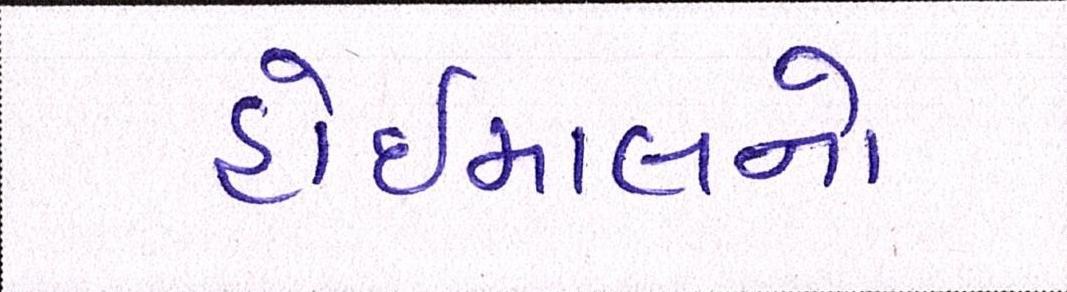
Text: હોઇમાલનો